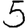
Digit: 5